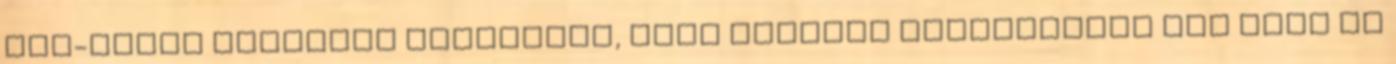
apa-lánya kötődést hiányolom, elég szimpla jeleneteket kap Emma és